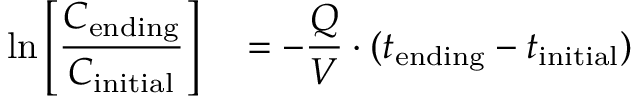
\ln \left[ { \frac { C _ { \mathrm { e n d i n g } } } { C _ { \mathrm { i n i t i a l } } } } \right] \quad = { - } { \frac { Q } { V } } \cdot ( t _ { \mathrm { e n d i n g } } - t _ { \mathrm { i n i t i a l } } ) \quad